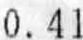
0.41